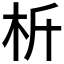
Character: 𣏸